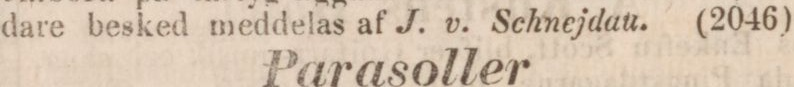
dare besked meddelas af J. v. Schnejdau.    (2046)